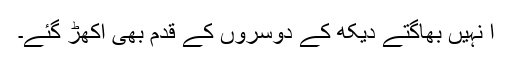
ا نہیں بھاگتے دیکھ کے دوسروں کے قدم بھی اکھڑ گئے۔